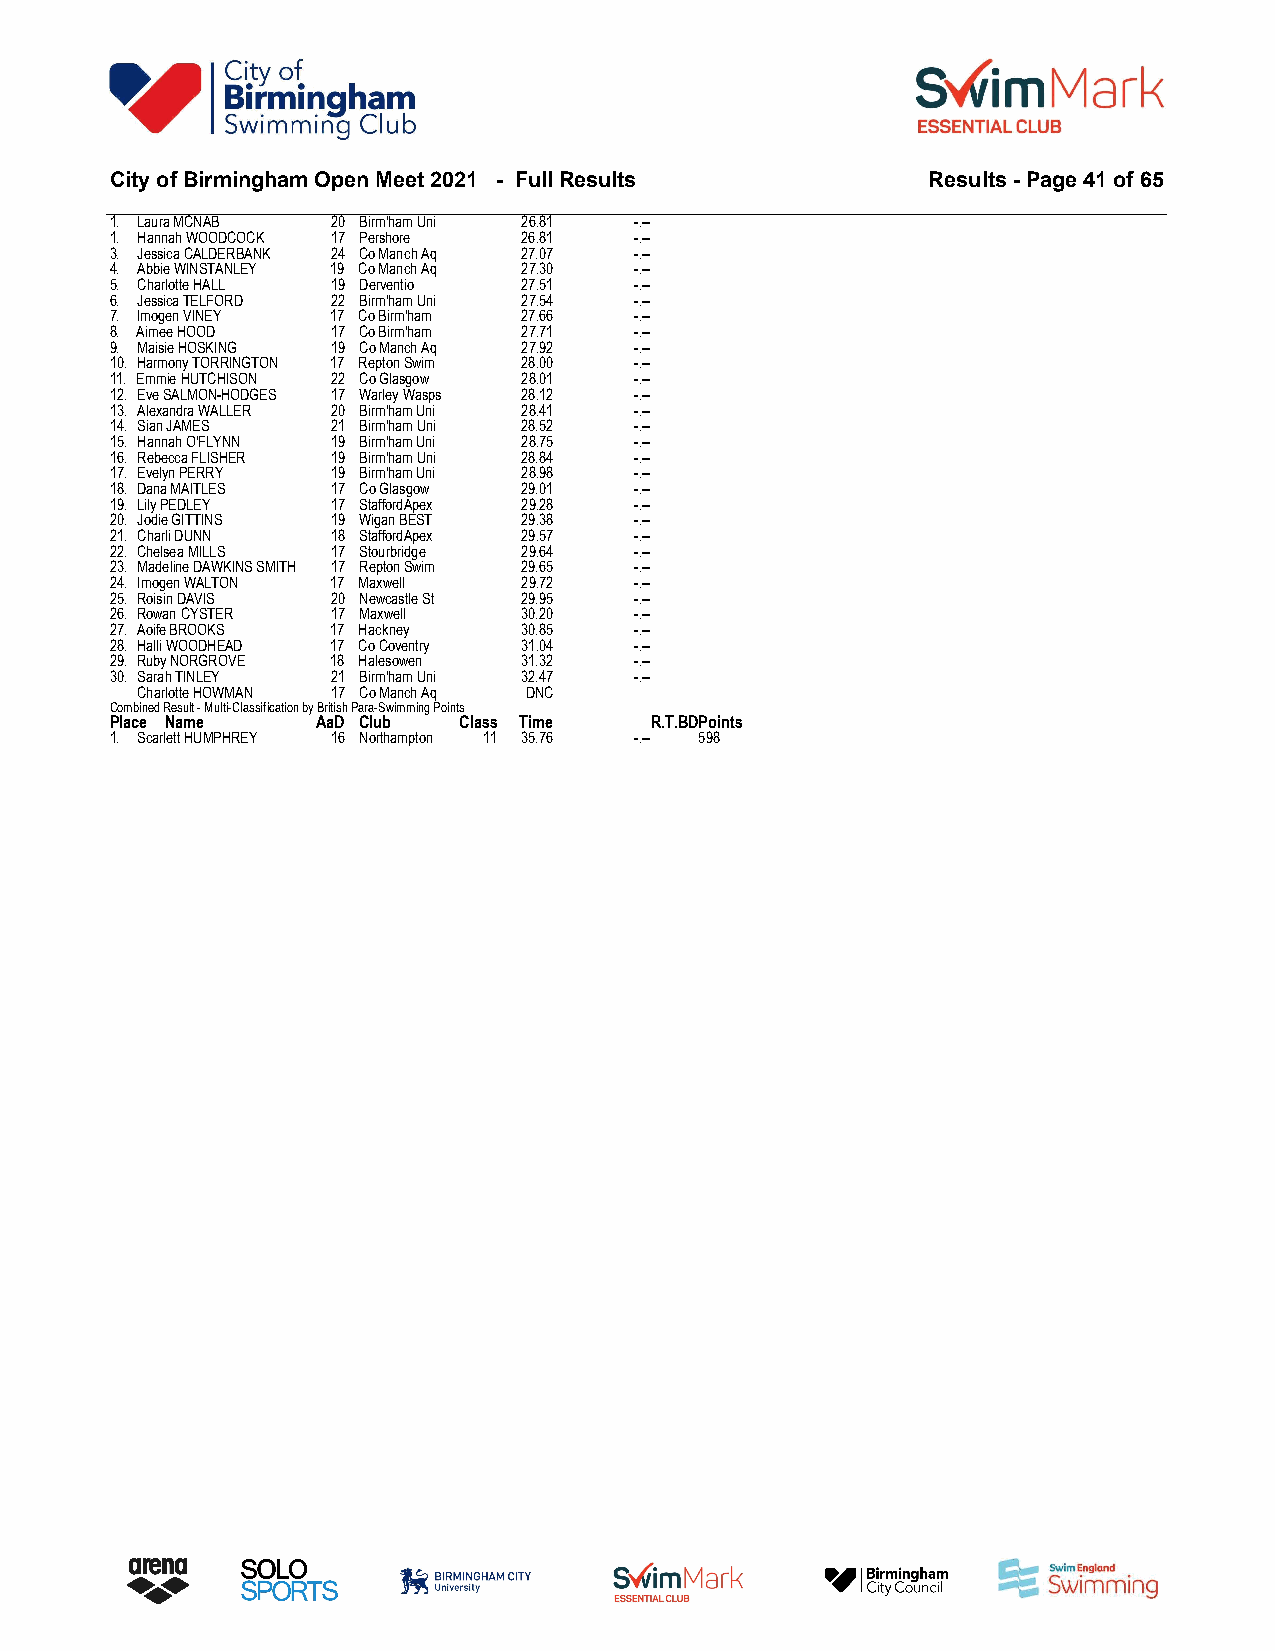
City of Birmingham Open Meet 2021 - Full Results       Results - Page 41 of 65
 1. Laura MCNAB 20 Birm'ham Uni 26.81 -.--
 1. Hannah WOODCOCK 17 Pershore 26.81 -.--
 3. Jessica CALDERBANK 24 Co Manch Aq 27.07 -.--
 4. Abbie WINSTANLEY 19 Co Manch Aq 27.30 -.--
 5. Charlotte HALL 19 Derventio 27.51 -.--
 6. Jessica TELFORD 22 Birm'ham Uni 27.54 -.--
 7. Imogen VINEY 17 Co Birm'ham 27.66 -.--
 8. Aimee HOOD  17 Co Birm'ham 27.71 -.--
 9. Maisie HOSKING 19 Co Manch Aq 27.92 -.--
 10. Harmony TORRINGTON 17 Repton Swim 28.00 -.--
 11. Emmie HUTCHISON 22 Co Glasgow 28.01 -.--
 12. Eve SALMON-HODGES 17 Warley Wasps 28.12 -.--
 13. Alexandra WALLER 20 Birm'ham Uni 28.41 -.--
 14. Sian JAMES 21 Birm'ham Uni 28.52 -.--
 15. Hannah O'FLYNN 19 Birm'ham Uni 28.75 -.--
 16. Rebecca FLISHER 19 Birm'ham Uni 28.84 -.--
 17. Evelyn PERRY 19 Birm'ham Uni 28.98 -.--
 18. Dana MAITLES 17 Co Glasgow 29.01 -.--
 19. Lily PEDLEY 17 StaffordApex 29.28 -.--
 20. Jodie GITTINS 19 Wigan BEST 29.38 -.--
 21. Charli DUNN 18 StaffordApex 29.57 -.--
 22. Chelsea MILLS 17 Stourbridge 29.64 -.--
 23. Madeline DAWKINS SMITH 17 Repton Swim 29.65 -.--
 24. Imogen WALTON 17 Maxwell 29.72 -.--
 25. Roisin DAVIS 20 Newcastle St 29.95 -.--
 26. Rowan CYSTER 17 Maxwell 30.20  -.--
 27. Aoife BROOKS 17 Hackney 30.85  -.--
 28. Halli WOODHEAD 17 Co Coventry 31.04 -.--
 29. Ruby NORGROVE 18 Halesowen 31.32 -.--
 30. Sarah TINLEY 21 Birm'ham Uni 32.47 -.--
 Charlotte HOWMAN 17 Co Manch Aq DNC
 Combined Result - Multi-Classification by British Para-Swimming Points
 Place Name    AaD Club Class Time   R.T.BDPoints
 1. Scarlett HUMPHREY 16 Northampton 11 35.76 -.-- 598